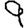
Digit: 9